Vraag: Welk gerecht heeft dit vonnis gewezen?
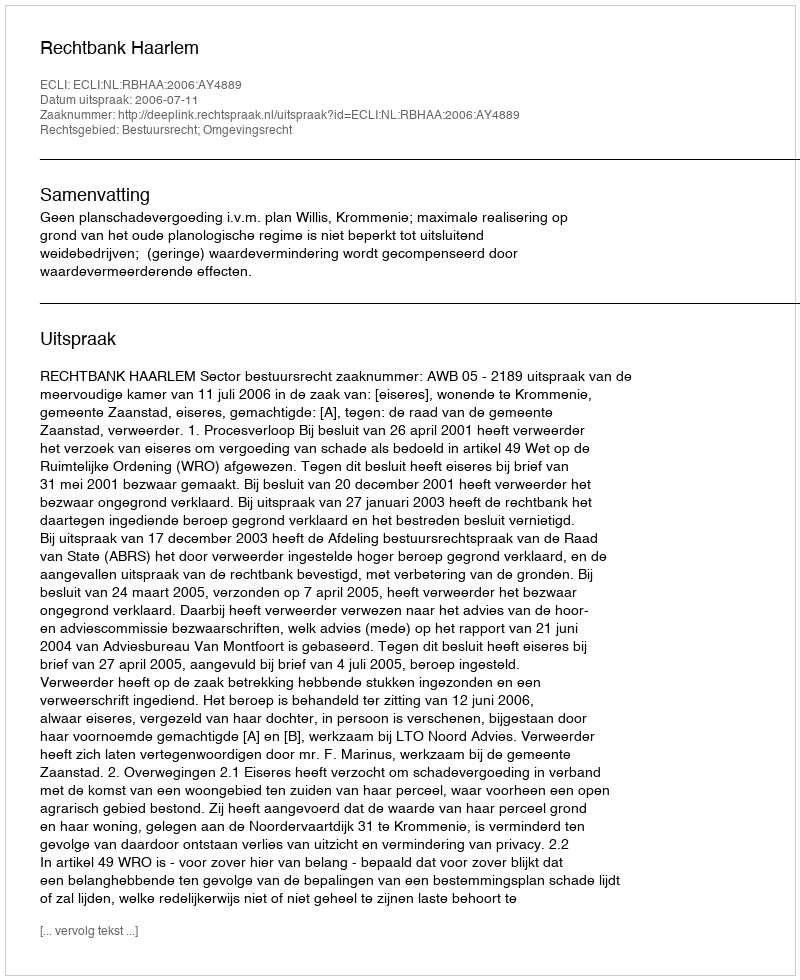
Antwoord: Rechtbank Haarlem